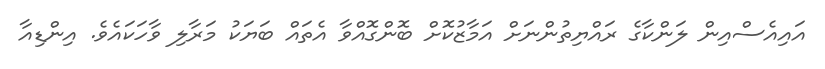
އައިއެސްއިން ލަންކާގެ ރައްޔިތުންނަށް އަމާޒުކޮށް ބޮންގޮއްވާ އެތައް ބަޔަކު މަރާލި ވާހަކައެވެ. އިންޑިއާ